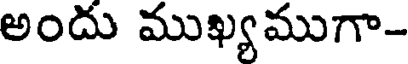
అందు ముఖ్యముగా-